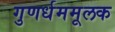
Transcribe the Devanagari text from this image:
गुणर्धममूलक